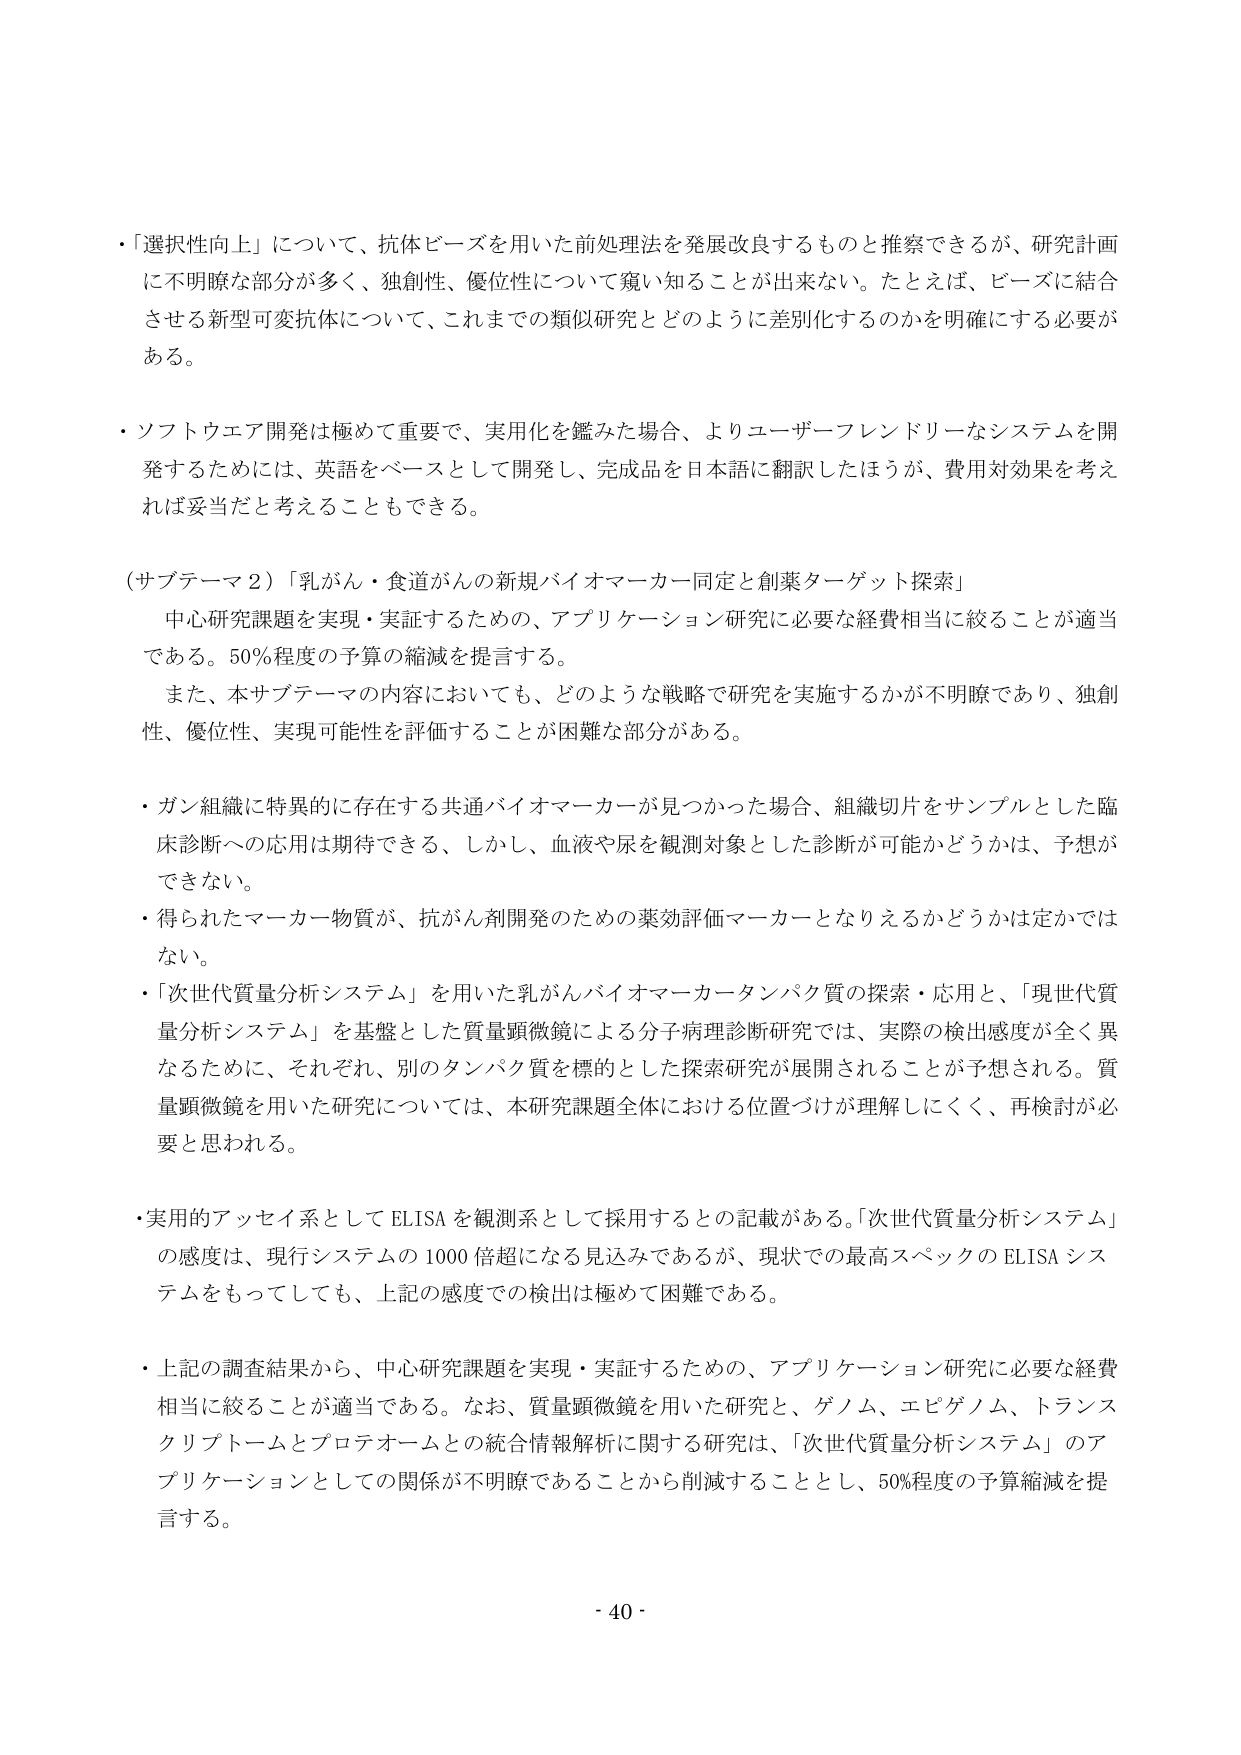
・「選択性向上」について、抗体ビーズを用いた前処理法を発展改良するものと推察できるが、研究計画に不明瞭な部分が多く、独創性、優位性について窺い知ることが出来ない。たとえば、ビーズに結合させる新型可変抗体について、これまでの類似研究とどのように差別化するのかを明確にする必要がある。

・ソフトウエア開発は極めて重要で、実用化を鑑みた場合、よりユーザーフレンドリーなシステムを開発するためには、英語をベースとして開発し、完成品を日本語に翻訳したほうが、費用対効果を考えれば妥当だと考えることもできる。

（サブテーマ２）「乳がん・食道がんの新規バイオマーカー同定と創薬ターゲット探索」

　中心研究課題を実現・実証するための、アプリケーション研究に必要な経費相当に絞ることが適当である。50％程度の予算の縮減を提言する。

　また、本サブテーマの内容においても、どのような戦略で研究を実施するかが不明瞭であり、独創性、優位性、実現可能性を評価することが困難な部分がある。

・ガン組織に特異的に存在する共通バイオマーカーが見つかった場合、組織切片をサンプルとした臨床診断への応用は期待できる、しかし、血液や尿を観測対象とした診断が可能かどうかは、予想ができない。

・得られたマーカー物質が、抗がん剤開発のための薬効評価マーカーとなりえるかどうかは定かではない。

・「次世代質量分析システム」を用いた乳がんバイオマーカータンパク質の探索・応用と、「現世代質量分析システム」を基盤とした質量顕微鏡による分子病理診断研究では、実際の検出感度が全く異なるために、それぞれ、別のタンパク質を標的とした探索研究が展開されることが予想される。質量顕微鏡を用いた研究については、本研究課題全体における位置づけが理解しにくく、再検討が必要と思われる。

・実用的アッセイ系として ELISA を観測系として採用するとの記載がある。「次世代質量分析システム」の感度は、現行システムの 1000 倍超になる見込みであるが、現状での最高スペックの ELISA システムをもってしても、上記の感度での検出は極めて困難である。

・上記の調査結果から、中心研究課題を実現・実証するための、アプリケーション研究に必要な経費相当に絞ることが適当である。なお、質量顕微鏡を用いた研究と、ゲノム、エピゲノム、トランスクリプトームとプロテオームとの統合情報解析に関する研究は、「次世代質量分析システム」のアプリケーションとしての関係が不明瞭であることから削減することとし、50％程度の予算縮減を提言する。

- 40 -